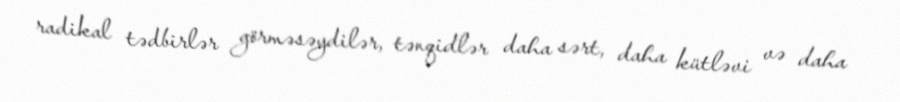
radikal tədbirlər görməsəydilər, tənqidlər daha sərt, daha kütləvi və daha